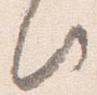
此